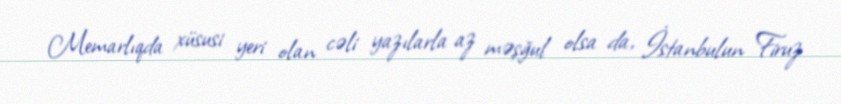
Memarlıqda xüsusi yeri olan cəli yazılarla az məşğul olsa da, İstanbulun Firuz